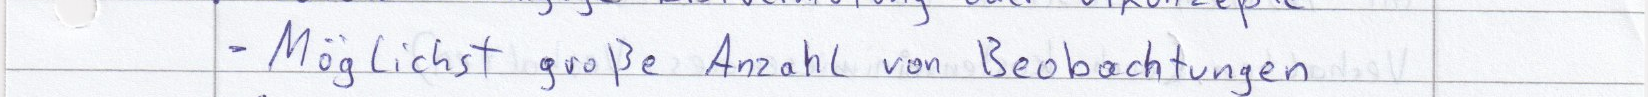
- Möglichst große Anzahl von Beobachtungen